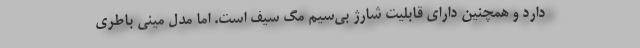
دارد و همچنین دارای قابلیت شارژ بی‌سیم مگ سیف است. اما مدل مینی باطری